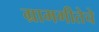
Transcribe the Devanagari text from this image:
ग्रामगीतेचे